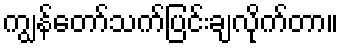
ကျွန်တော်သက်ပြင်းချလိုက်တာ။